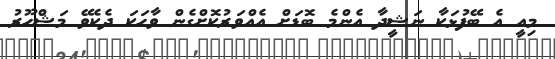
މިއީ އެ ބޭފުޅަކާ ނަޝީދާ އެންމެ ބޮޑަށް އެއްވަރުކޮށްގެން ވާހަކަ ދެކެވޭ މަޝްހޫރު